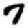
Digit: 7